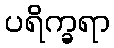
ပရိက္ခရာ